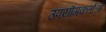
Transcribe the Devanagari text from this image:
उपयॊगकर्ताओं